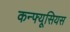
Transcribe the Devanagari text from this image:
कन्फ्यूसियस